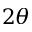
2 \theta